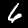
Digit: 6